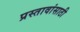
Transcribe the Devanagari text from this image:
प्रस्तावांसाठी